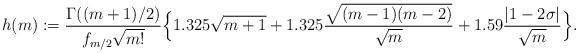
LaTeX: \begin{align*}h(m):= \frac{\Gamma((m+1)/2)}{f_{m/2}\sqrt{m!}}\Bigl\{1.325\sqrt{m+1}+1.325\frac{\sqrt{(m-1)(m-2)}}{\sqrt{m}}+1.59\frac{|1-2\sigma|}{\sqrt{m}}\Bigr\}.\end{align*}